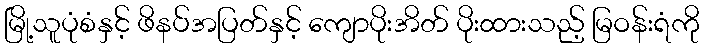
မြို့သူပုံစံနှင့် ဖိနပ်အပြတ်နှင့် ကျောပိုးအိတ် ပိုးထားသည့် မြဝန်းရံကို